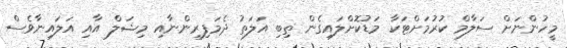
މީހުންނަށް ސަލާމް ކުރުމަށްޓަކާ މަޑުކޮށްލައިގެން ތިބި އަލަތު ދެމަފިރިންނާއި މިޝަލް އާއި އަލައިނާވެސް